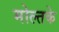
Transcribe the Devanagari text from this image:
मोल्तके